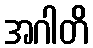
အဂါတိ